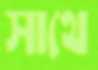
সাথে